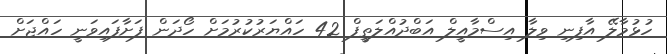
ހުޅުމާލޭ އާފިނި ވިލާ އިސްމާއީލް އަބްދުއްލަތީފް 42 ހައްޔަރުކުރުމަށް ހޯދަން ފަށާފައިވަނީ ހައްޖަށް